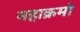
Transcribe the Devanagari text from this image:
महाक्रमो